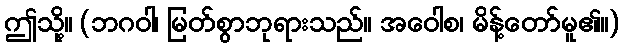
ဤသို့။ (ဘဂဝါ၊ မြတ်စွာဘုရားသည်။ အဝေါစ၊ မိန့်တော်မူ၏။)